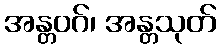
အန္တဝဂ်၊ အန္တသုတ်